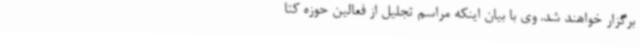
برگزار خواهند شد. وی با بیان اینکه مراسم تجلیل از فعالین حوزه کتا